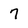
Character: 7